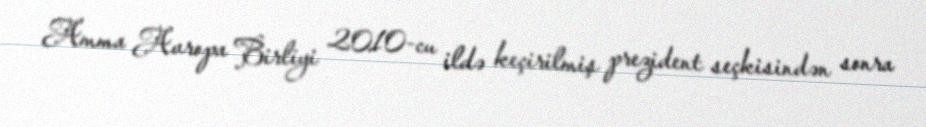
Amma Avropa Birliyi 2010-cu ildə keçirilmiş prezident seçkisindən sonra